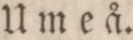
Umeå.